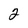
Character: 2